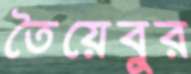
তৈয়েবুর